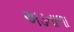
અડતાળા